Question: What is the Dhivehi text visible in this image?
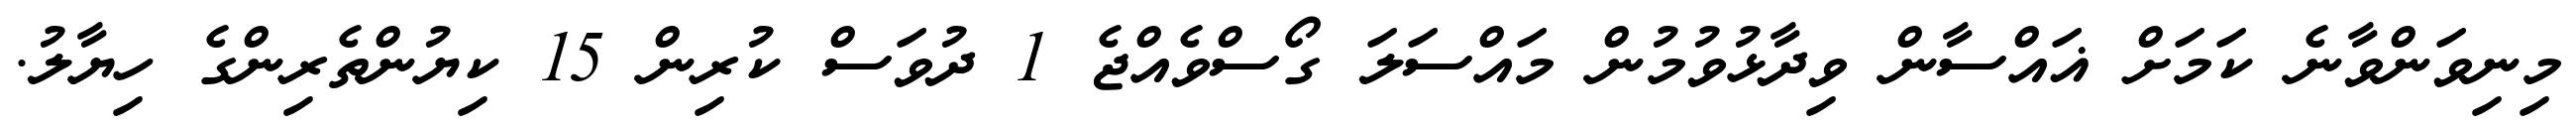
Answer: މިނިވަންވާނެ ކަމަށް ޣައްސާން ވިދާޅުވުމުން މައްސަލަ ގޯސްވެއްޖެ 1 ދުވަސް ކުރިން 15 ކިޔުންތެރިންގެ ހިޔާލު.